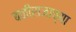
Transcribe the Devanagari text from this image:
बळीराजाच्या